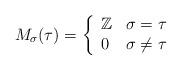
LaTeX: \begin{align*}M_\sigma(\tau)=\left\{\begin{array}{ll} \mathbb{Z}&\sigma=\tau\\0 & \sigma\neq\tau\\\end{array}\right.\end{align*}